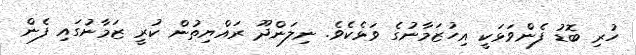
ހުރި ބޮޑު ފެންވަޅަކީ އިހުޒަމާނުގެ ވަޅެކެވެ. ނިލަންދޫ ރައްޔިތުން ކުރީ ޒަމާނުގައި ފެން